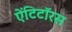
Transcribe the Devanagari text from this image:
ऐंटिटॉरस